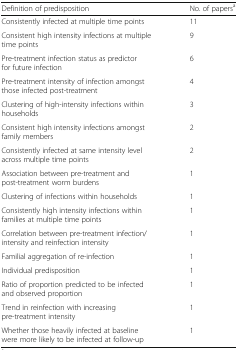
<table><thead><tr><td><b>Definition of predisposition</b></td><td><b>No. of papers<sup>a</sup></b></td></tr></thead><tbody><tr><td>Consistently infected at multiple time points</td><td>11</td></tr><tr><td>Consistent high intensity infections at multiple time points</td><td>9</td></tr><tr><td>Pre-treatment infection status as predictor for future infection</td><td>6</td></tr><tr><td>Pre-treatment intensity of infection amongst those infected post-treatment</td><td>4</td></tr><tr><td>Clustering of high-intensity infections within households</td><td>3</td></tr><tr><td>Consistent high intensity infections amongst family members</td><td>2</td></tr><tr><td>Consistently infected at same intensity level across multiple time points</td><td>2</td></tr><tr><td>Association between pre-treatment and post-treatment worm burdens</td><td>1</td></tr><tr><td>Clustering of infections within households</td><td>1</td></tr><tr><td>Consistently high intensity infections within families at multiple time points</td><td>1</td></tr><tr><td>Correlation between pre-treatment infection/intensity and reinfection intensity</td><td>1</td></tr><tr><td>Familial aggregation of re-infection</td><td>1</td></tr><tr><td>Individual predisposition</td><td>1</td></tr><tr><td>Ratio of proportion predicted to be infected and observed proportion</td><td>1</td></tr><tr><td>Trend in reinfection with increasing pre-treatment intensity</td><td>1</td></tr><tr><td>Whether those heavily infected at baseline were more likely to be infected at follow-up</td><td>1</td></tr></tbody></table>